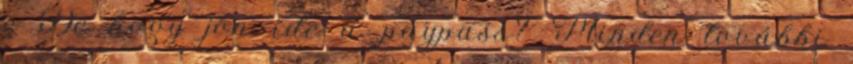
e De hogy jön ide a paypass? Minden további